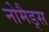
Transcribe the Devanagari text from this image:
नोमैड्स